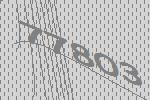
77803